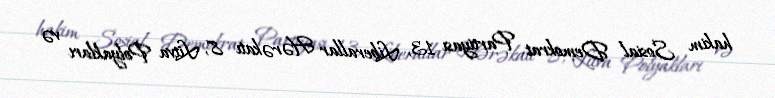
hakim Sosial Demokrat Partiyası 13, Liberallar Hərəkatı 8, Litva Polyakları və